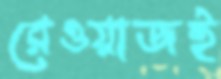
রেওয়াজই